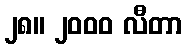
၂၈။ ၂၀၀၀ လီတာ